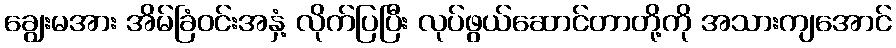
ချွေးမအား အိမ်ခြံဝင်းအနှံ့ လိုက်ပြပြီး လုပ်ဖွယ်ဆောင်တာတို့ကို အသားကျအောင်